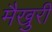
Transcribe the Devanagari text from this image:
मैखुरी